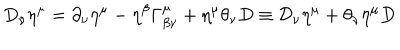
LaTeX: D _ { \nu } \eta ^ { \mu } = \partial _ { \nu } \eta ^ { \mu } - \eta ^ { \beta } \Gamma _ { \beta \nu } ^ { \mu } + \eta ^ { \mu } \theta _ { \nu } D \equiv \mathcal { D } _ { \nu } \eta ^ { \mu } + \theta _ { \nu } \eta ^ { \mu } D